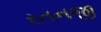
રતનજી